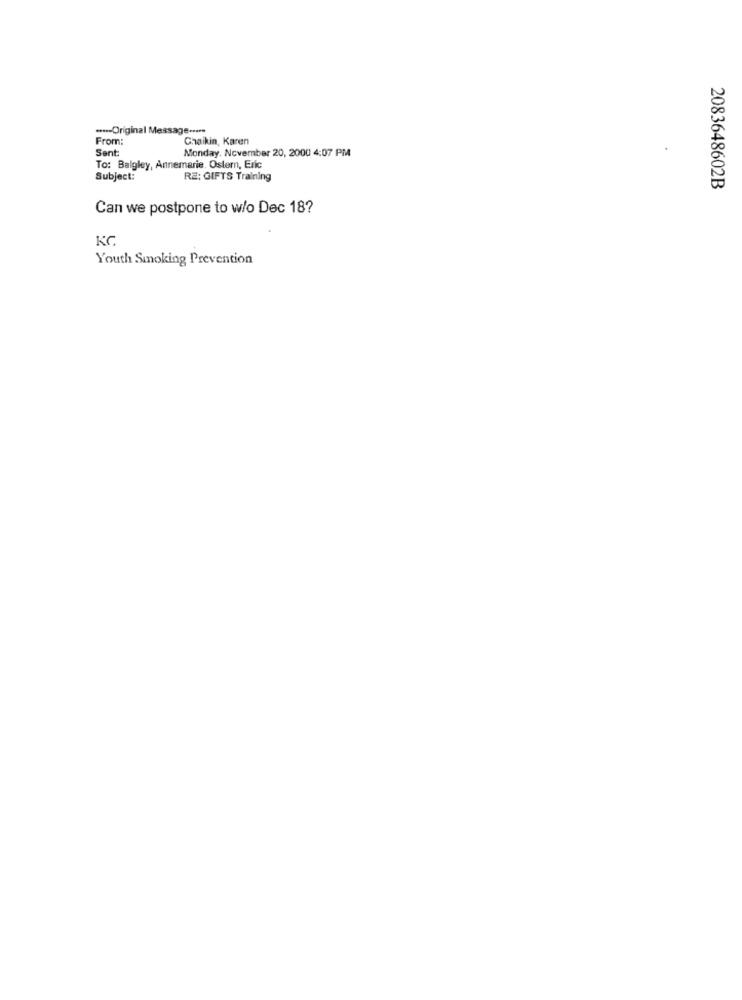
...-- Original M
ssage ....
From:
Chaikin, Karen
Sent
Monday, November 20, 2000 4:07 PM
To: Balgley, Annemarie. Ostern, Eric
Subject:
RE: GIFTS Training
2083648602B
Can we postpone to w/o Dec 18?
KC
Youth Smoking Prevention